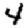
Digit: 4